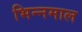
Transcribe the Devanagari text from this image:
भिन्‍नमाल